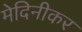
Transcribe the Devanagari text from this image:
मेदिनीकर